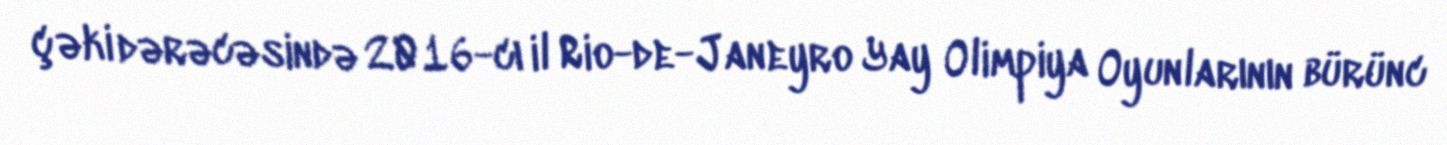
çəki dərəcəsində 2016-cı il Rio-de-Janeyro Yay Olimpiya Oyunlarının bürünc